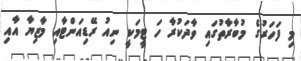
މި ފަހަރުގެ މުބާރާތުގައި ވާދަކުރާ ހަ ޓީމަކީ ނިއު ރޭޑިއަންޓާއި މާޒިޔާ އާއި